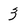
Character: 3